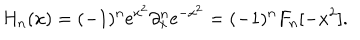
H _ { n } ( x ) = ( - 1 ) ^ { n } \mathrm { e } ^ { x ^ { 2 } } \partial _ { x } ^ { n } \mathrm { e } ^ { - x ^ { 2 } } = ( - 1 ) ^ { n } F _ { n } [ - x ^ { 2 } ] .